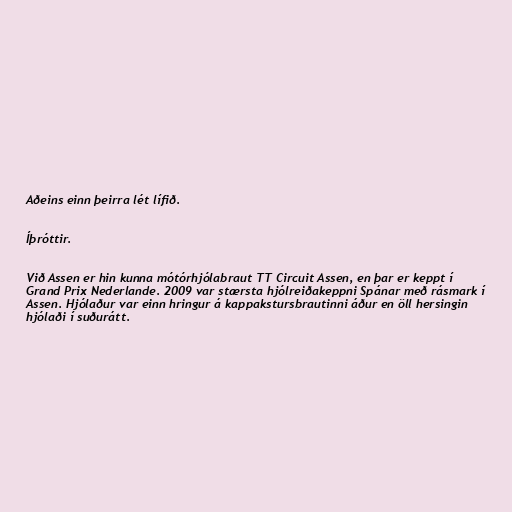
Aðeins einn þeirra lét lífið.

Íþróttir.

Við Assen er hin kunna mótórhjólabraut TT Circuit Assen, en þar er keppt í
Grand Prix Nederlande. 2009 var stærsta hjólreiðakeppni Spánar með rásmark í
Assen. Hjólaður var einn hringur á kappakstursbrautinni áður en öll hersingin
hjólaði í suðurátt.